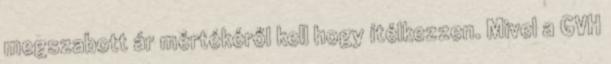
megszabott ár mértékéről kell hogy ítélkezzen. Mivel a GVH